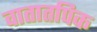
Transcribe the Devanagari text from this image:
वातातपिक